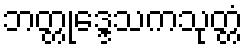
ဘတ္တုဒ္ဒေသကသုတ္တံ